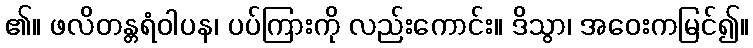
၏။ ဖလိတန္တရံဝါပန၊ ပပ်ကြားကို လည်းကောင်း။ ဒိသွာ၊ အဝေးကမြင်၍။